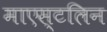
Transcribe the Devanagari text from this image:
माएस्टलिन